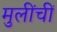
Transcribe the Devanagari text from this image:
मुलींचीं